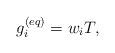
LaTeX: \begin{align*}g_i^{(eq)} = {{w}_i}T,\end{align*}